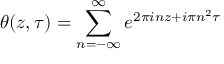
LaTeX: \theta ( z , \tau ) = \sum _ { n = - \infty } ^ { \infty } e ^ { 2 \pi i n z + i \pi n ^ { 2 } \tau }